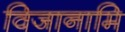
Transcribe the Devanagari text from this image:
विजानामि